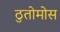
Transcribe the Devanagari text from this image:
ठुतोमोस